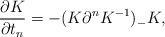
LaTeX: \begin{align*}\frac{\partial K}{\partial t_n} = -( K \partial^n K^{-1} )_- K, \end{align*}